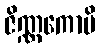
ဇိဏ္ဏကောပိ